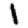
Digit: 1